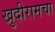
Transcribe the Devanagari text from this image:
खुदीरामचा